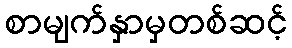
စာမျက်နှာမှတစ်ဆင့်